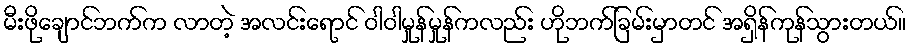
မီးဖိုချောင်ဘက်က လာတဲ့ အလင်းရောင် ဝါဝါမှုန်မှုန်ကလည်း ဟိုဘက်ခြမ်းမှာတင် အရှိန်ကုန်သွားတယ်။